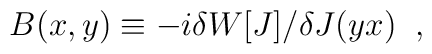
B(x,y)\equiv -i\delta W\lbrack J\rbrack/\delta J(yx)\; \; ,